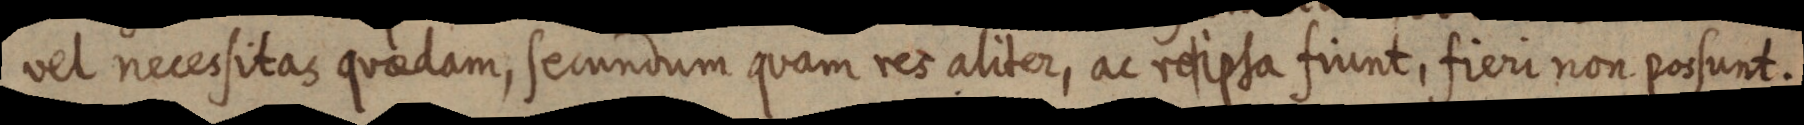
vel necessitas quaedam, secundum quam res aliter, ac re ipsa fiunt, fieri non possunt.